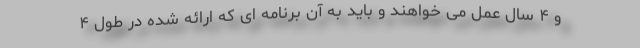
و ۴ سال عمل می خواهند و باید به آن برنامه ای که ارائه شده در طول ۴